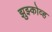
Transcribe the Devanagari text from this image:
झुझ्कोव्ह